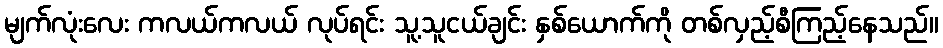
မျက်လုံးလေး ကလယ်ကလယ် လုပ်ရင်း သူ့သူငယ်ချင်း နှစ်ယောက်ကို တစ်လှည့်စီကြည့်နေသည်။